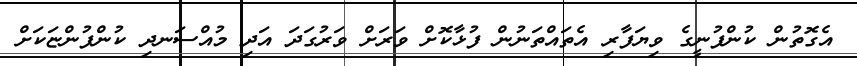
އެގޮތުން ކުންފުނީގެ ވިޔަފާރި އެތައްތަނުން ފުޅާކޮށް ވަރަށް ވަރުގަދަ އަދި މުއްސަނދި ކުންފުންޏަކަށް